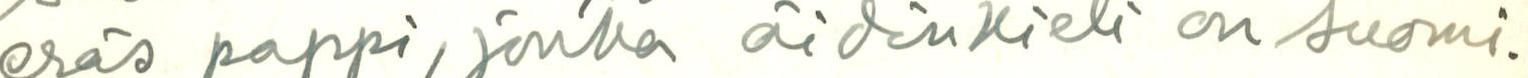
eräs pappi, jonka äidinkieli on suomi.